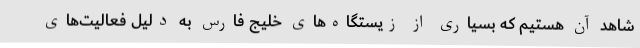
شاهد آن هستیم که بسیاری از زیستگاه‌های خلیج فارس به‌ دلیل فعالیت‌های